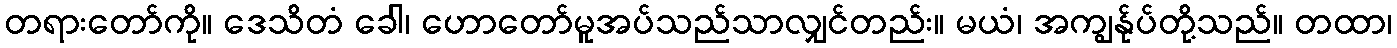
တရားတော်ကို။ ဒေသိတံ ခေါ၊ ဟောတော်မူအပ်သည်သာလျှင်တည်း။ မယံ၊ အကျွန်ုပ်တို့သည်။ တထာ၊